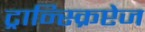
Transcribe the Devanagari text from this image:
ट्रान्स्क्रिप्टेज